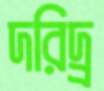
দরিদ্র্র